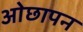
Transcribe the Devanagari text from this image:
ओछापन